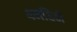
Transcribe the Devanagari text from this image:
४महिने